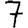
Digit: 7